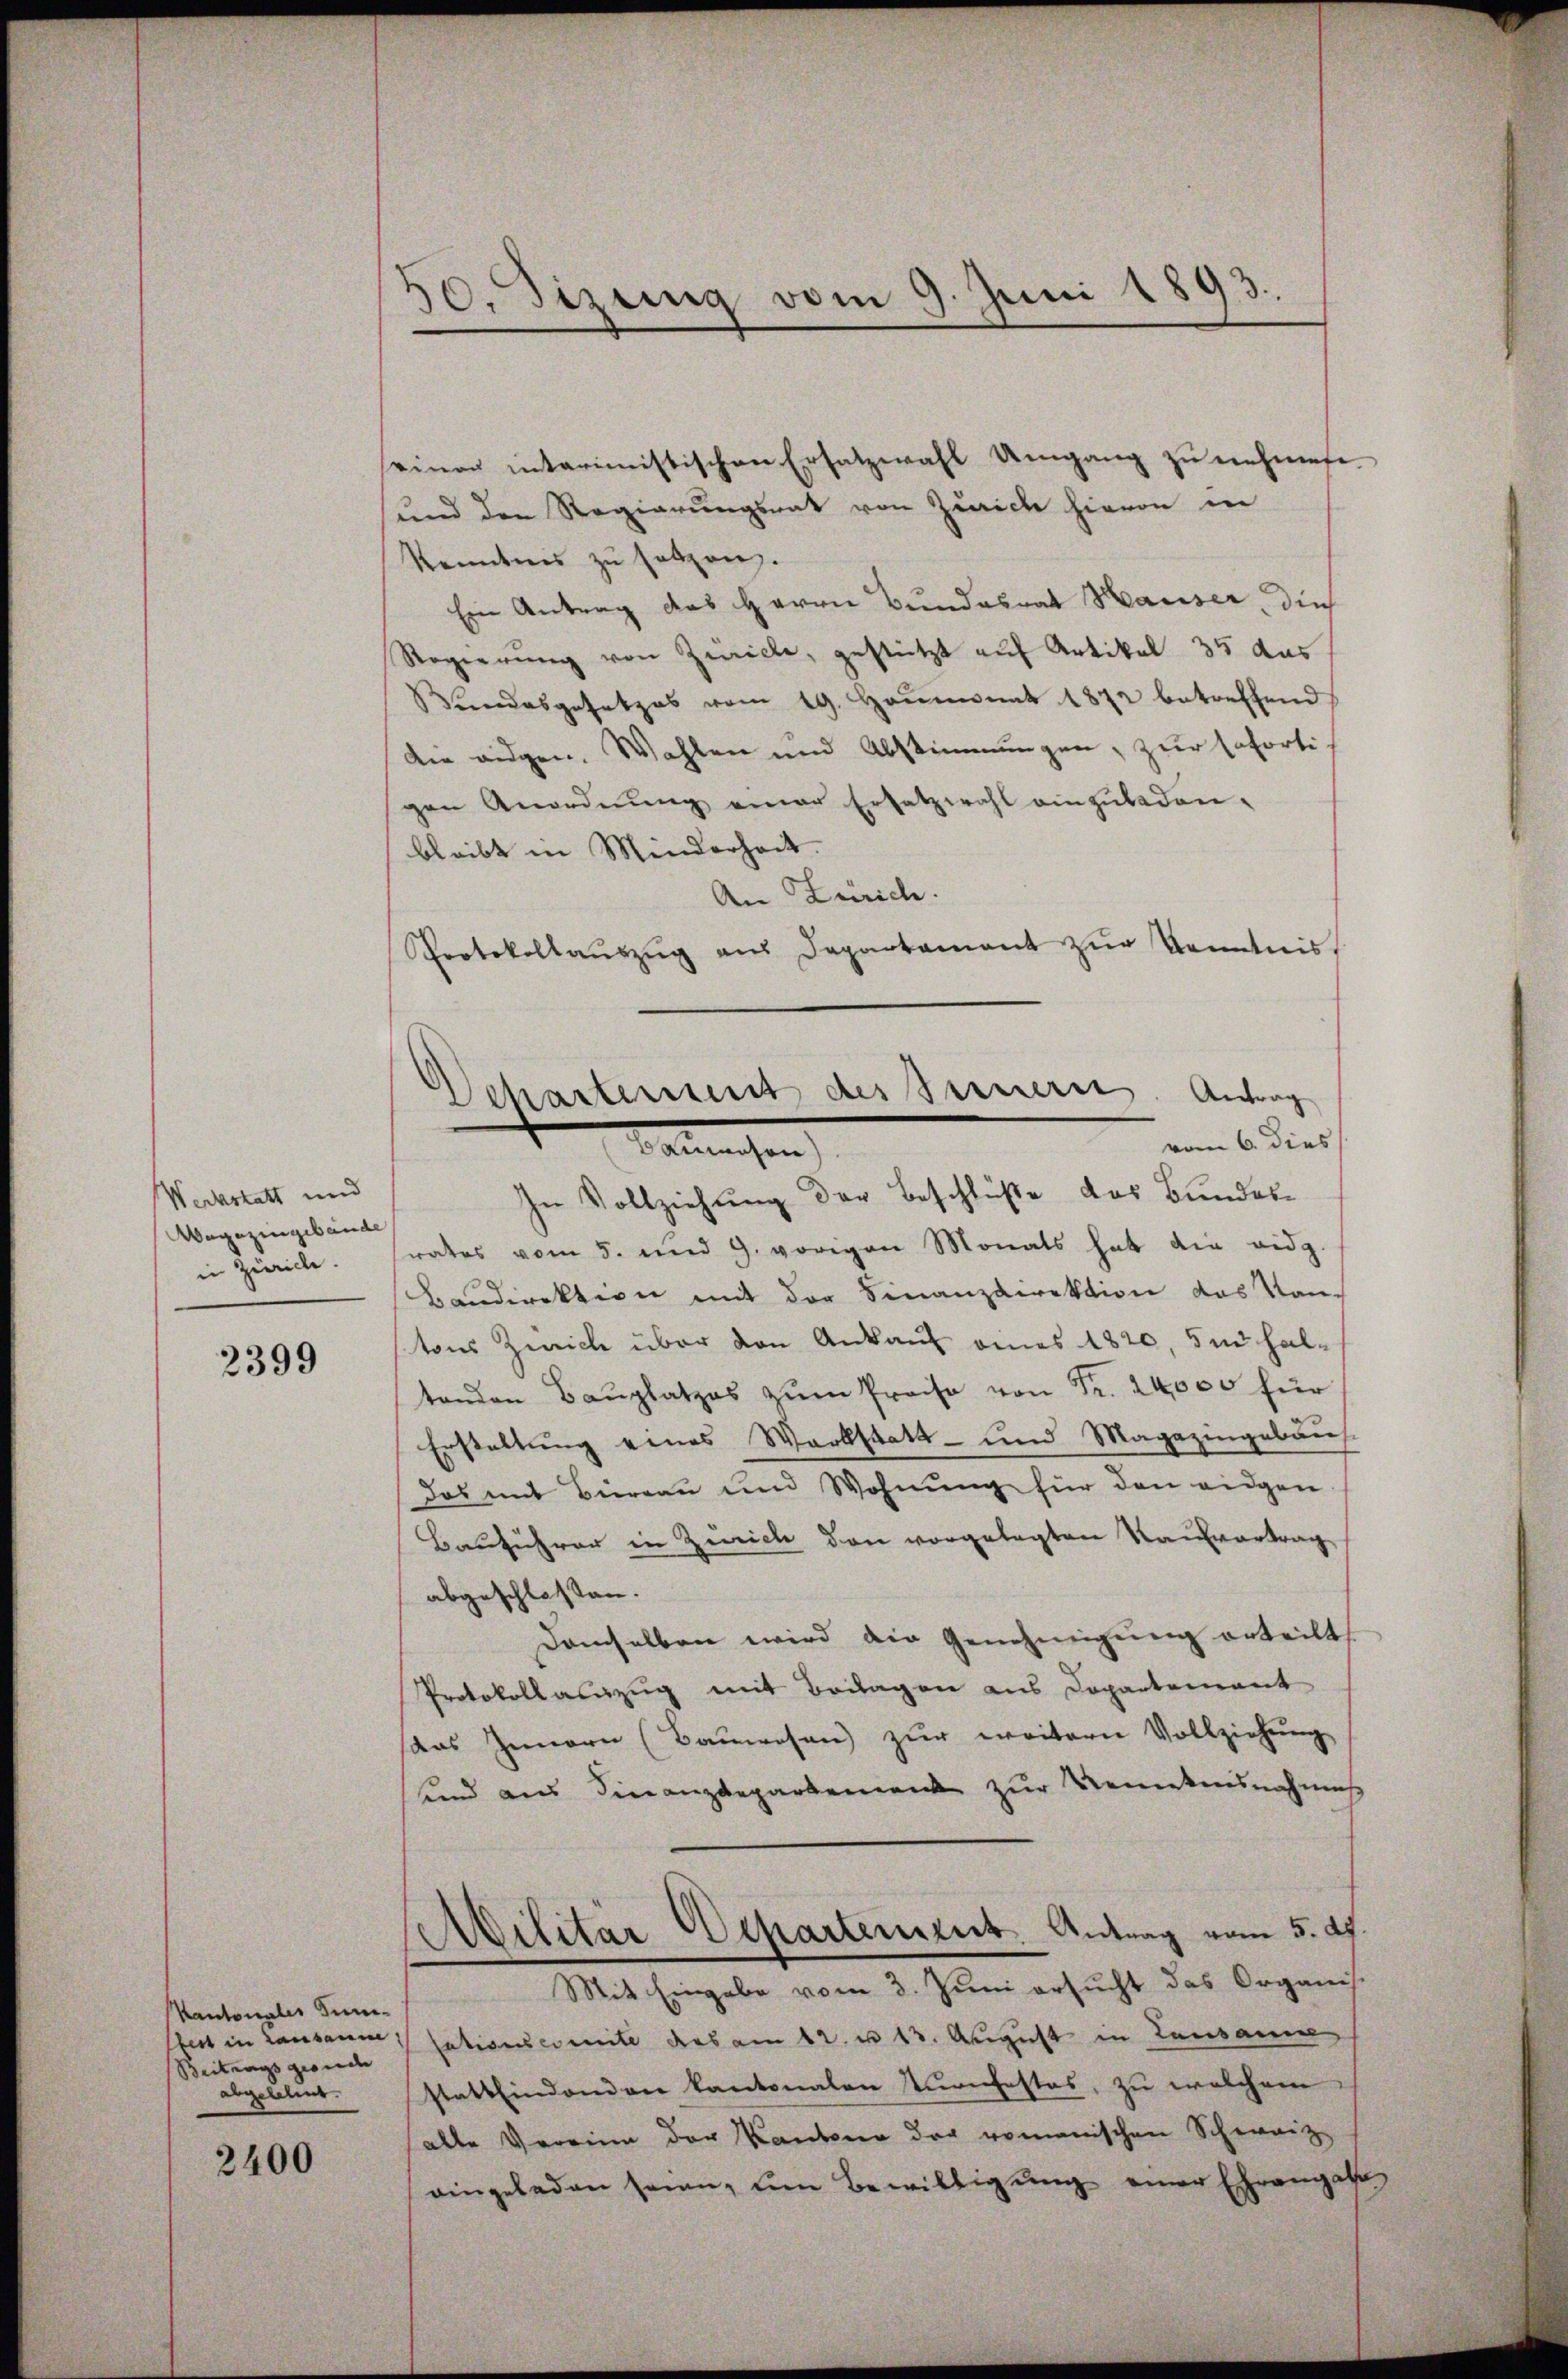
Werkstatt und
Vagazingebäude
in Zürich.

2399

Kantonales Tuni¬
Beitrags georde
abgelehnt.
2400

30. Sizung vom 9. Juni 1893.

Departement des Bernere. Antrag
vom 6. dies
alrechen

einer interimistischen Ersatzwahl Umgang zu nehmen.
und den Regierungsrat von Zürich hievon in
Kenntnis zu setzen.
Ein Antrag das Herrn Bundesrat Hauser, dies
Regierung von Zürille, gestützt auf Artikel 35 das
Bŭndesgesetzes vom 19. Heumonat 1872 betreffend
Die eidgen. Wahlen und Abstimmungen, zur soforti
gen Anordnung einer Ersatzwahl einzubedeu-
bleibt in Minderheit.
An Zürich.
Sprotokollaŭszŭg aŭs Departament zŭr Kenntnis,
In Vollziehung der Beschlüße das Bundesrates vom 5. und 9. vorigen Monats hat die eidg.
Baudirektion mit der Finanzdirektion das Kantons Zwick über den Ankauf eines 1820, 5m haltanden Baŭplatzes zŭm Preise von Fr. 24,000 für
Erstaltung eines Werkstatt- und Magazingebaus
das mit Biereau und Wohnŭng für den eigen
Bauführer in Zürich den vorgelegten Kaufvertrag
abgeschlossen.
demselben wird der Genehmigŭng erteilt
Protokollauszug mit Beilagen aus Dopartement
aas Innern (Bauwesen) zur weitern Vollziehung
unnd aus Finanzdepartement zur Venetensnahmes
Cilitar Departement. Antrag vom 5. d.
Mit Eingabe vom 3. Juni ersucht das Organis-
Ebert in Lausanne sationscomite das am 12. u 13. August in Lausanne
stattfindenden kantonalen Konfestes, zu welchem
(alle Verrinn der Kantone der romanischen Schweiz
eingeladen seien, ŭm Bewilligŭng einer Ehrengabe,